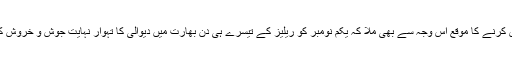
فلم کو زیادہ بزنس کرنے کا موقع اس وجہ سے بھی ملا کہ یکم نومبر کو ریلیز کے تیسرے ہی دن بھارت میں دیوالی کا تہوار نہایت جوش و خروش کے ساتھ منایا گیا۔